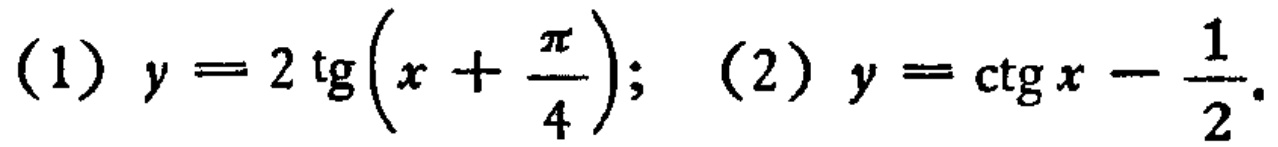
(1) \(y = 2\operatorname{tg}\left(x+\frac{\pi}{4}\right)\); (2) \(y = \operatorname{ctg}x-\frac{1}{2}\).